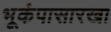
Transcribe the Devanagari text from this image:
भूकंपासारखा